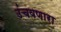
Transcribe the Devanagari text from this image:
उंचवणारा